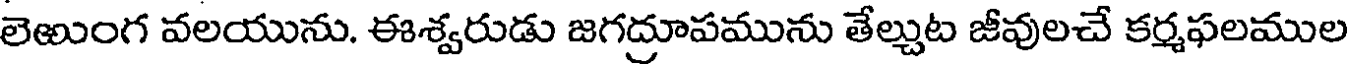
లెఱుంగ వలయును. ఈశ్వరుడు జగద్రూపమును తేల్చుట జీవులచే కర్మఫలముల